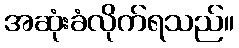
အဆုံးခံလိုက်ရသည်။